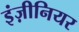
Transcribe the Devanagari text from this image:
इंज़ीनियर